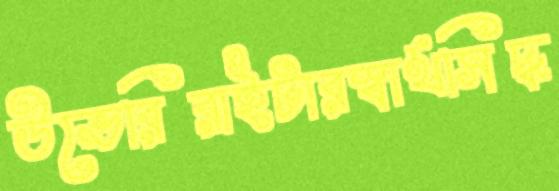
উভেরিরাইটারস্বার্থসিদ্ধ